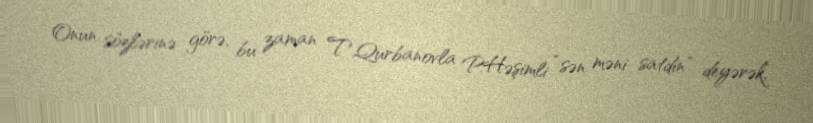
Onun sözlərinə görə, bu zaman T.Qurbanovla P.Həşimli “sən məni satdın” deyərək,